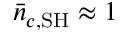
\bar { n } _ { c , \mathrm { S H } } \approx 1